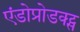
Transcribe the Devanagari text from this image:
एंडोप्रोडक्ट्स